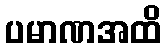
ပမာဏအထိ